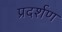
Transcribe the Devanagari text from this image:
प्रदर्शण